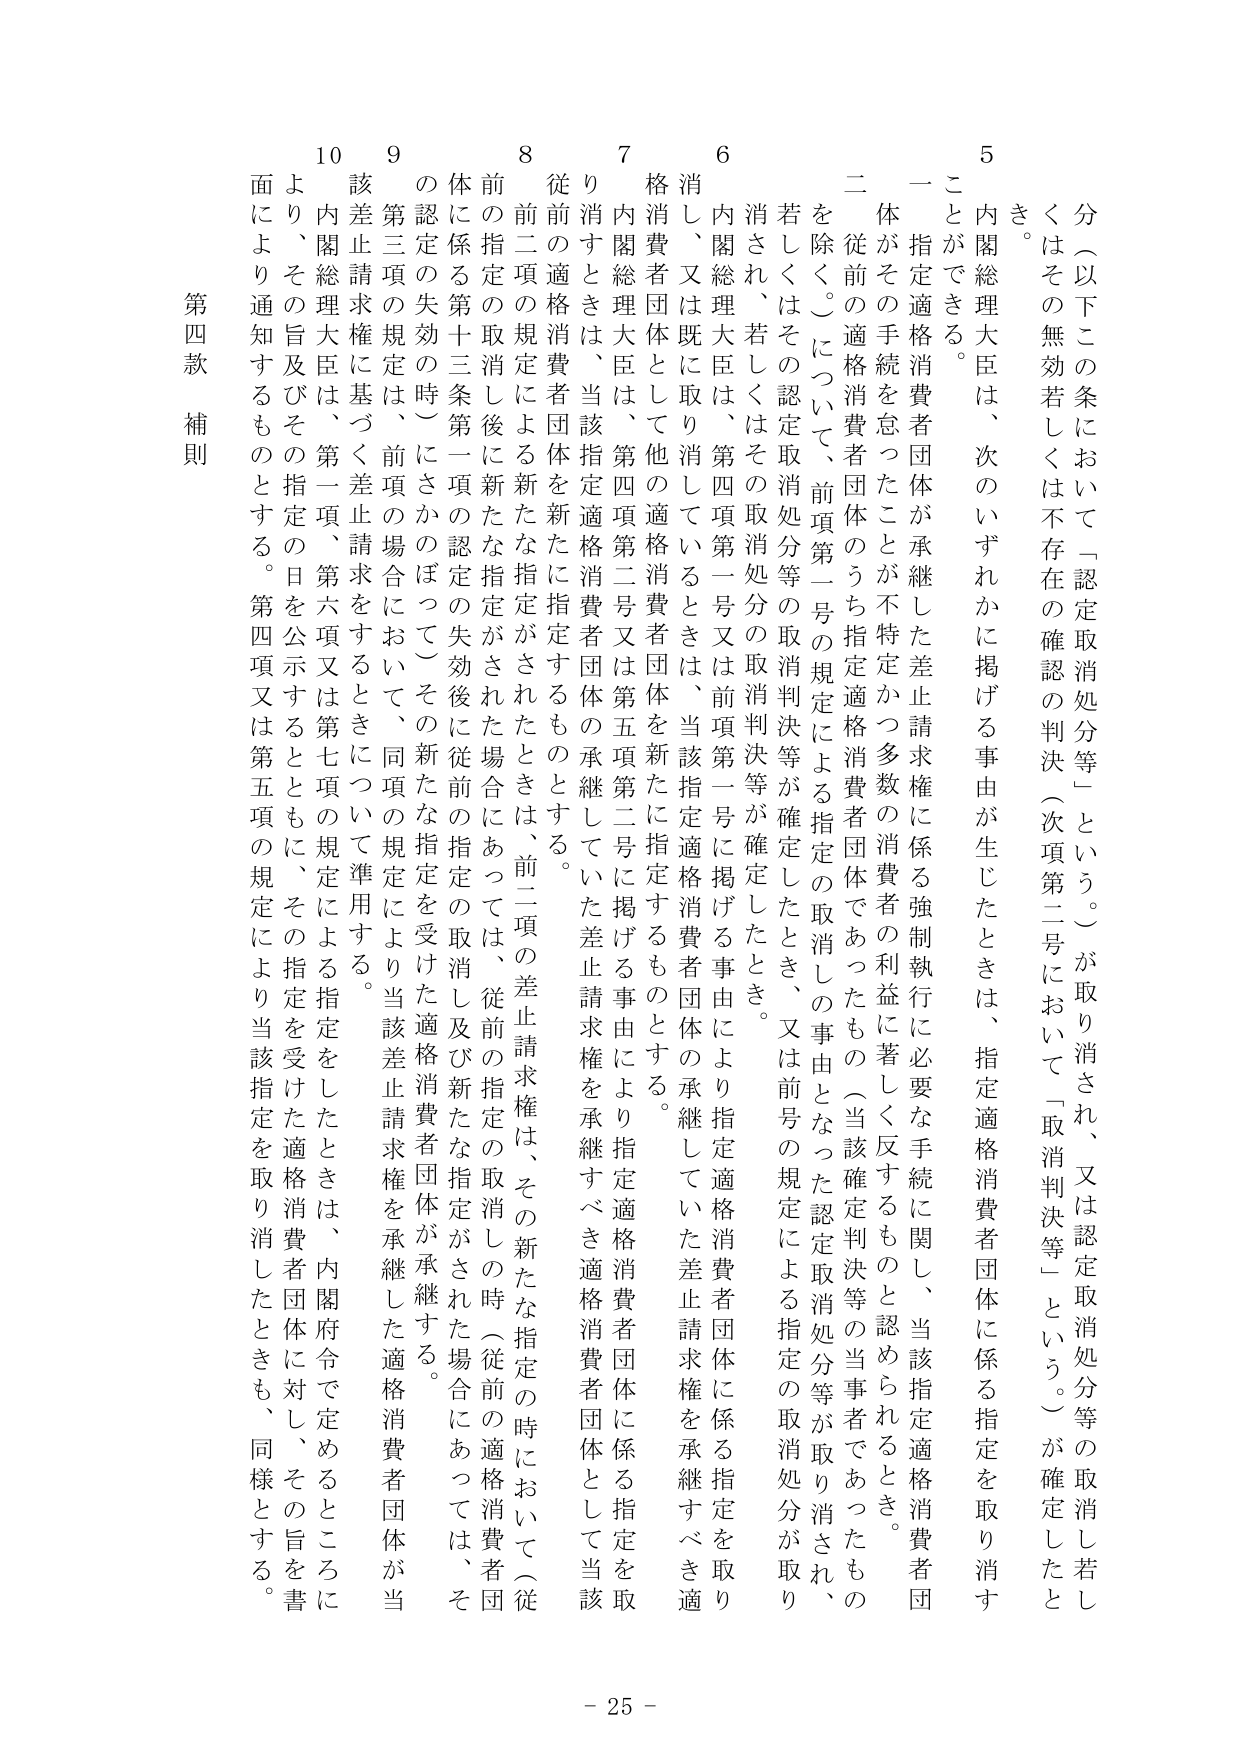
分（以下この条において「認定取消処分等」という。）が取り消され、又は認定取消処分等の取消し若しくはその無効若しくは不存在の確認の判決（次項第二号において「取消判決等」という。）が確定したとき。

5 内閣総理大臣は、次のいずれかに掲げる事由が生じたときは、指定適格消費者団体に係る指定を取り消すことができる。

一 指定適格消費者団体が承継した差止請求権に係る強制執行に必要な手続に関して、当該指定適格消費者団体がその手続を怠ったことが不特定かつ多数の消費者の利益に著しく反するものと認められるとき。

二 従前の適格消費者団体のうち指定適格消費者団体であったもの（当該確定判決等の当事者であったものを除く。）について、前項第一号の規定による指定の取消しの事由となった認定取消処分等が取り消され、若しくはその認定取消処分等の取消判決等が確定したとき。又は前号の規定による指定の取消処分が取り消され、若しくはその取消処分の取消判決等が確定したとき。

6 内閣総理大臣は、第四項第一号又は前項第一号に掲げる事由により指定適格消費者団体に係る指定を取り消し、又は既に取り消しているときは、当該指定適格消費者団体の承継していた差止請求権を承継すべき適格消費者団体として他の適格消費者団体を新たに指定するものとする。

7 内閣総理大臣は、第四項第二号又は第五項第二号に掲げる事由により指定適格消費者団体に係る指定を取り消すときは、当該指定適格消費者団体の承継していた差止請求権を承継すべき適格消費者団体として当該

8 従前の適格消費者団体を新たに指定するものとする。

前二項の規定による新たな指定がされたときは、前二項の差止請求権は、その新たな指定の時において（従前の指定の取消し後に新たな指定がされた場合にあっては、従前の指定の取消しの時（従前の適格消費者団体に係る第十三条第一項の認定の失效後に従前の指定の取消し及び新たな指定がされた場合にあっては、その認定の失效の時）にさかのぼって）その新たな指定を受けた適格消費者団体が承継する。

9 第三項の規定は、前項の場合において、同項の規定により当該差止請求権を承継した適格消費者団体が当該差止請求権に基づく差止請求をするときについて準用する。

10 内閣総理大臣は、第一項、第六項又は第七項の規定による指定をしたときは、内閣府令で定めるところにより、その旨及びその指定の日を公示するとともに、その旨を書面により通知するものとする。第四項又は第五項の規定により当該指定を取り消したときも、同様とする。

第四款 補則

- 25 -